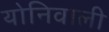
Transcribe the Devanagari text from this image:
योनिवाली